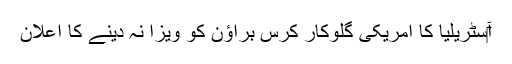
آ‎سٹریلیا کا امریکی گلوکار کِرس براؤن کو ویزا نہ دینے کا اعلان